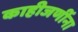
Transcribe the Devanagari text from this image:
काहीजणींना